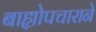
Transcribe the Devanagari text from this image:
बाह्योपचाराने